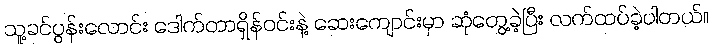
သူ့ခင်ပွန်းလောင်း ဒေါက်တာရှိန်ဝင်းနဲ့ ဆေးကျောင်းမှာ ဆုံတွေ့ခဲ့ပြီး လက်ထပ်ခဲ့ပါတယ်။